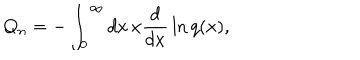
Q _ { n } = - \int _ { 0 } ^ { \infty } d x \, x { \frac { d } { d x } } \ln q ( x ) ,